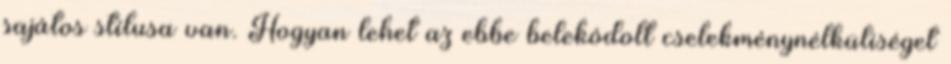
sajátos stílusa van. Hogyan lehet az ebbe belekódolt cselekménynélküliséget